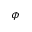
\phi